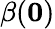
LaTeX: \beta(\textbf{0})